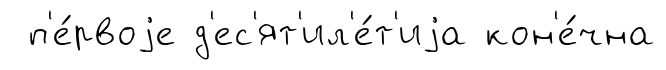
п'е́рвоjе д'ес'ят'ил'е́т'иjа кон'е́чна